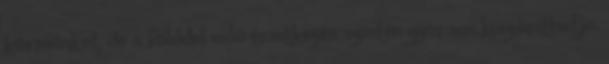
körmünket, de a földdel való érintkezés szintén gyorsan kiszáríthatja.